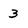
Character: 3